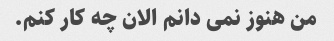
من هنوز نمی دانم الان چه کار کنم.